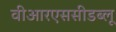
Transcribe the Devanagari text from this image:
वीआरएससीडब्लू